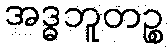
အဒ္ဓဘူတဉ္စ